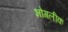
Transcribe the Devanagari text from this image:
भोगलीक